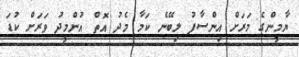
ޔާމީންގެ މަރަށް އިންސާފު ލިބޭނެ ކަމާ މެދު އޮތް އުންމީދު ވަރަށް ކުޑަ